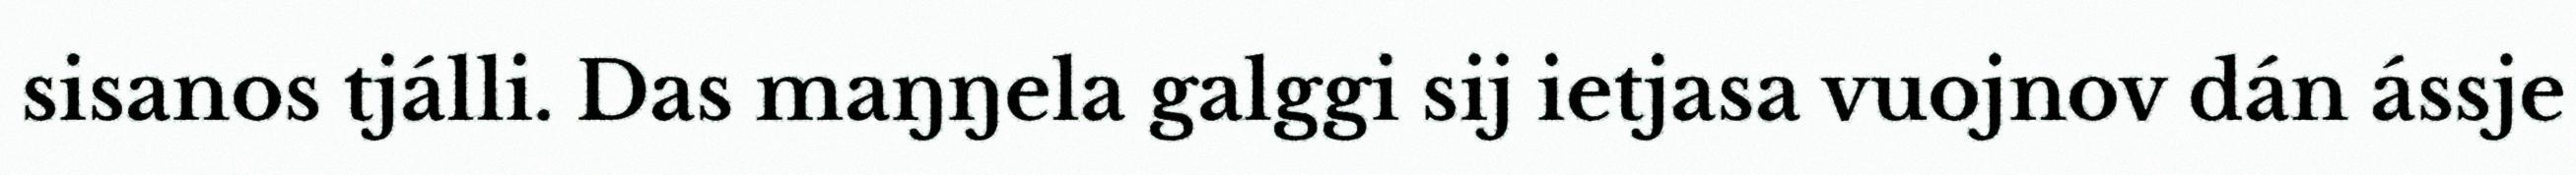
sisanos tjálli. Das maŋŋela galggi sij ietjasa vuojnov dán ássje